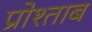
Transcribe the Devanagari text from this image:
प्रोश्ताब